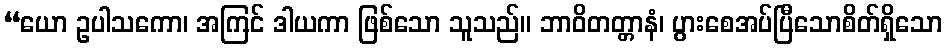
“ယော ဥပါသကော၊ အကြင် ဒါယကာ ဖြစ်သော သူသည်။ ဘာဝိတတ္တာနံ၊ ပွားစေအပ်ပြီသောစိတ်ရှိသော